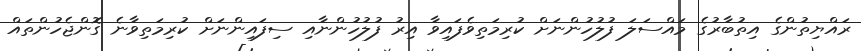
ރައްޔިތުންގެ އިތުބާރުގެ މައްސަލަ ފުލުހުންނަށް ކުރިމަތިވެފައިވާ އިރު ފުލުހުންނާއި ސިފައިންނަށް ކުރިމަތިވާނެ ގޮންޖެހުންތައް